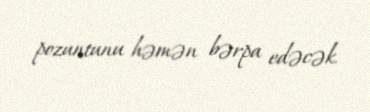
pozuntunu həmən bərpa edəcək.